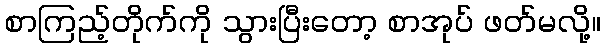
စာကြည့်တိုက်ကို သွားပြီးတော့ စာအုပ် ဖတ်မလို့။